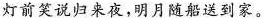
灯前笑说归来夜，明月随船送到家。